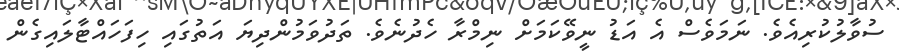
ސުވާލުކުރިއެވެ. ނަމަވެސް އެ އަޑު ނީވޭކަމަށް ނިމްރާ ހެދުނެވެ. ތަދުވަމުންދިޔަ އަތުގައި ހިފަހައްޓާލައިގެން